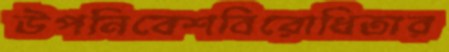
উপনিবেশবিরোধিতার